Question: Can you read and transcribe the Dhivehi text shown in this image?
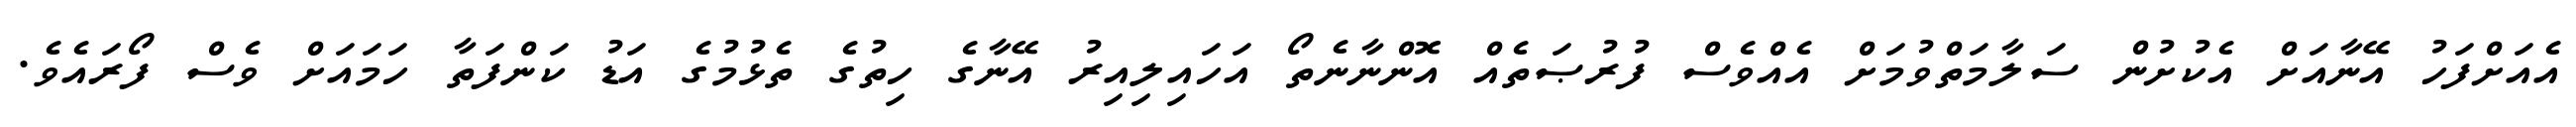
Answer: އެއަށްފަހު އޭނާއަށް އެކުށުން ސަލާމަތްވުމަށް އެއްވެސް ފުރުޞަތެއް އޮންނާނެތޯ އަހައިލިއިރު އޭނާގެ ހިތުގެ ތެޅުމުގެ އަޑު ކަންފަތާ ހަމައަށް ވެސް ފޯރައެވެ.